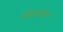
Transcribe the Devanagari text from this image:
निस्र्त्साह